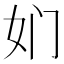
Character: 𱙅